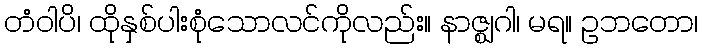
တံဝါပိ၊ ထိုနှစ်ပါးစုံသောလင်ကိုလည်း။ နာဇ္ဈဂါ၊ မရ။ ဥဘတော၊